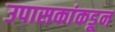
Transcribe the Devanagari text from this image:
उपासकांकडून